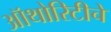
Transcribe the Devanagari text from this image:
ऑथोरिटीचे